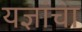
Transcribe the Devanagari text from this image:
यज्ञांचा